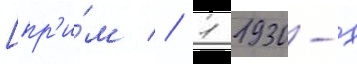
[пр'и́м // 1 1930-х